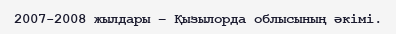
2007-2008 жылдары – Қызылорда облысының әкімі.